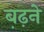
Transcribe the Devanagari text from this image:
ब़ढ़ने